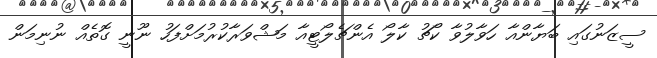
ސީޒަނުގައި ބަޔާންއާ ހަވާލުވާ ކޯޗު ކާލޯ އެންޗެލޯޓީއާ މަޝްވަރާކުރުމަށްފަހު ނޫނީ ގޮތެއް ނުނިމަން